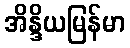
အိန္ဒိယမြန်မာ